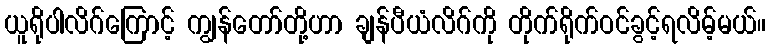
ယူရိုပါလိဂ်ကြောင့် ကျွန်တော်တို့ဟာ ချန်ပီယံလိဂ်ကို တိုက်ရိုက်ဝင်ခွင့်ရလိမ့်မယ်။